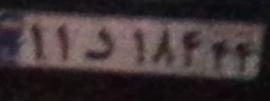
۱۱د۱۸۴۴۴